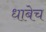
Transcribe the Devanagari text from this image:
धाबेच